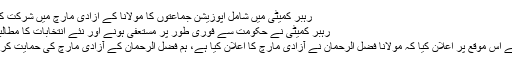
رہبر کمیٹی میں شامل اپوزیشن جماعتوں کا مولانا کے آزادی مارچ میں شرکت کا فیصلہ
رہبر کمیٹی نے حکومت سے فوری طور پر مستعفی ہونے اور نئے انتخابات کا مطالبہ کردیا
بلاول نے اس موقع پر اعلان کیا کہ مولانا فضل الرحمان نے آزادی مارچ کا اعلان کیا ہے، ہم فضل الرحمان کے آزادی مارچ کی حمایت کرتے ہیں۔